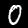
Label: 0